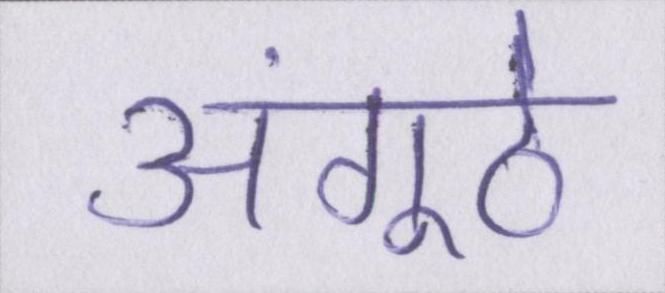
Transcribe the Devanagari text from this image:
अंगूठे